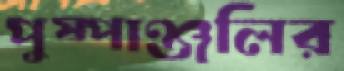
পুষ্পাঞ্জলির